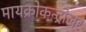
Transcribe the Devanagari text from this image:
मायक्रोकन्ट्रोलर